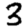
Digit: 3